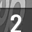
Digit: 2